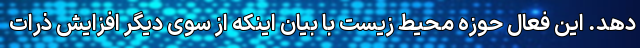
دهد. این فعال حوزه محیط زیست با بیان اینکه از سوی دیگر افزایش ذرات